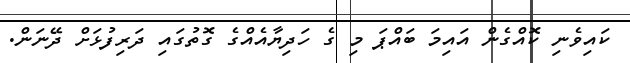
ކައިވެނި ކޮއްގެން އައިމަ ބައްޕަ މި ގެ ހަދިޔާއެއްގެ ގޮތުގައި ދަރިފުޅަށް ދޭނަން.